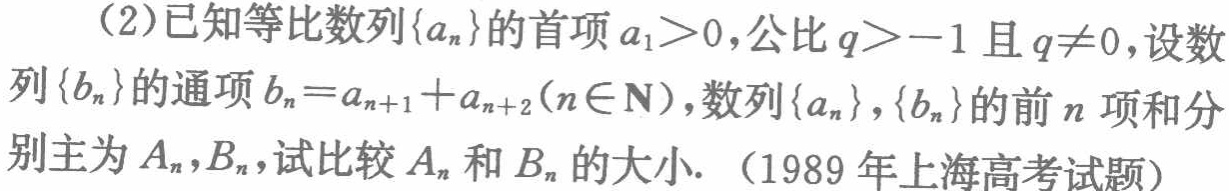
(2)已知等比数列\(\{a_{n}\}\)的首项\(a_{1}>0\)，公比\(q > - 1\)且\(q\neq0\)，设数列\(\{b_{n}\}\)的通项\(b_{n}=a_{n + 1}+a_{n + 2}(n\in\mathbf{N})\)，数列\(\{a_{n}\}\)，\(\{b_{n}\}\)的前\(n\)项和分别主为\(A_{n}\)，\(B_{n}\)，试比较\(A_{n}\)和\(B_{n}\)的大小. （1989年上海高考试题）